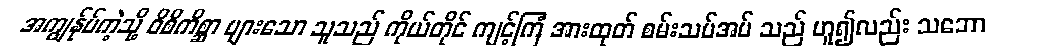
အကျွန်ုပ်ကဲ့သို့ ဝိစိကိစ္ဆာ များသော သူသည် ကိုယ်တိုင် ကျင့်ကြံ အားထုတ် စမ်းသပ်အပ် သည် ဟူ၍လည်း သဘော